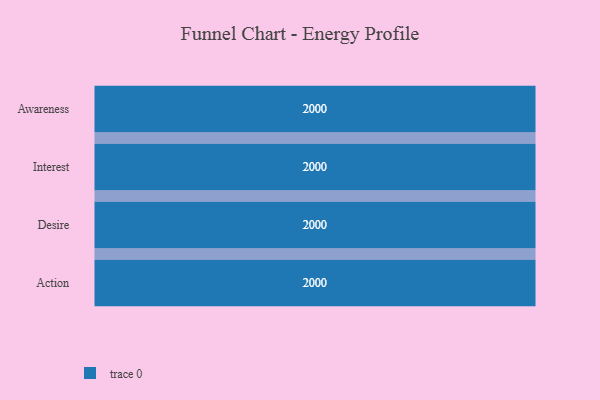
{"axis": {"x": "Stage", "y": "Value"}, "legend": [""], "data": [{"x": "Awareness", "y": 2000, "type": ""}, {"x": "Interest", "y": 2000, "type": ""}, {"x": "Desire", "y": 2000, "type": ""}, {"x": "Action", "y": 2000, "type": ""}]}